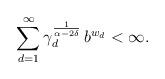
LaTeX: \begin{align*}\sum_{d=1}^{\infty} \gamma_d^{\frac{1}{\alpha - 2 \delta}} \, b^{w_d} < \infty .\end{align*}